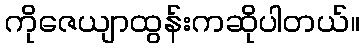
ကိုဇေယျာထွန်းကဆိုပါတယ်။